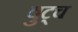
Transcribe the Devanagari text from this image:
बुट्च